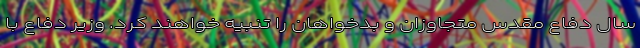
سال دفاع مقدس متجاوزان و بدخواهان را تنبیه خواهند کرد. وزیر دفاع با